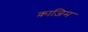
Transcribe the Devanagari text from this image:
क़ाज़िम